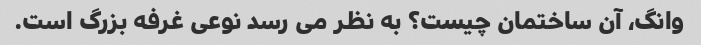
وانگ، آن ساختمان چیست؟ به نظر می رسد نوعی غرفه بزرگ است.